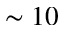
\sim 1 0